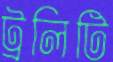
ট্রলিটি